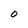
Character: O